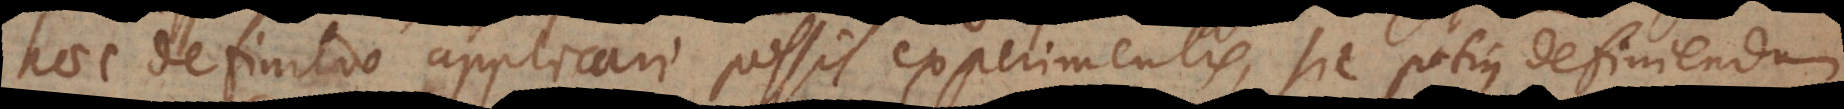
haec definitio applicari possit experimentis, sic potius definiendum